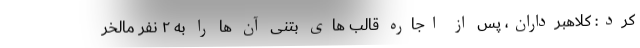
کرد: کلاهبرداران، پس از اجاره قالب های بتنی آن ها را به ۲ نفر مالخر